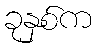
ခုနှစ်က